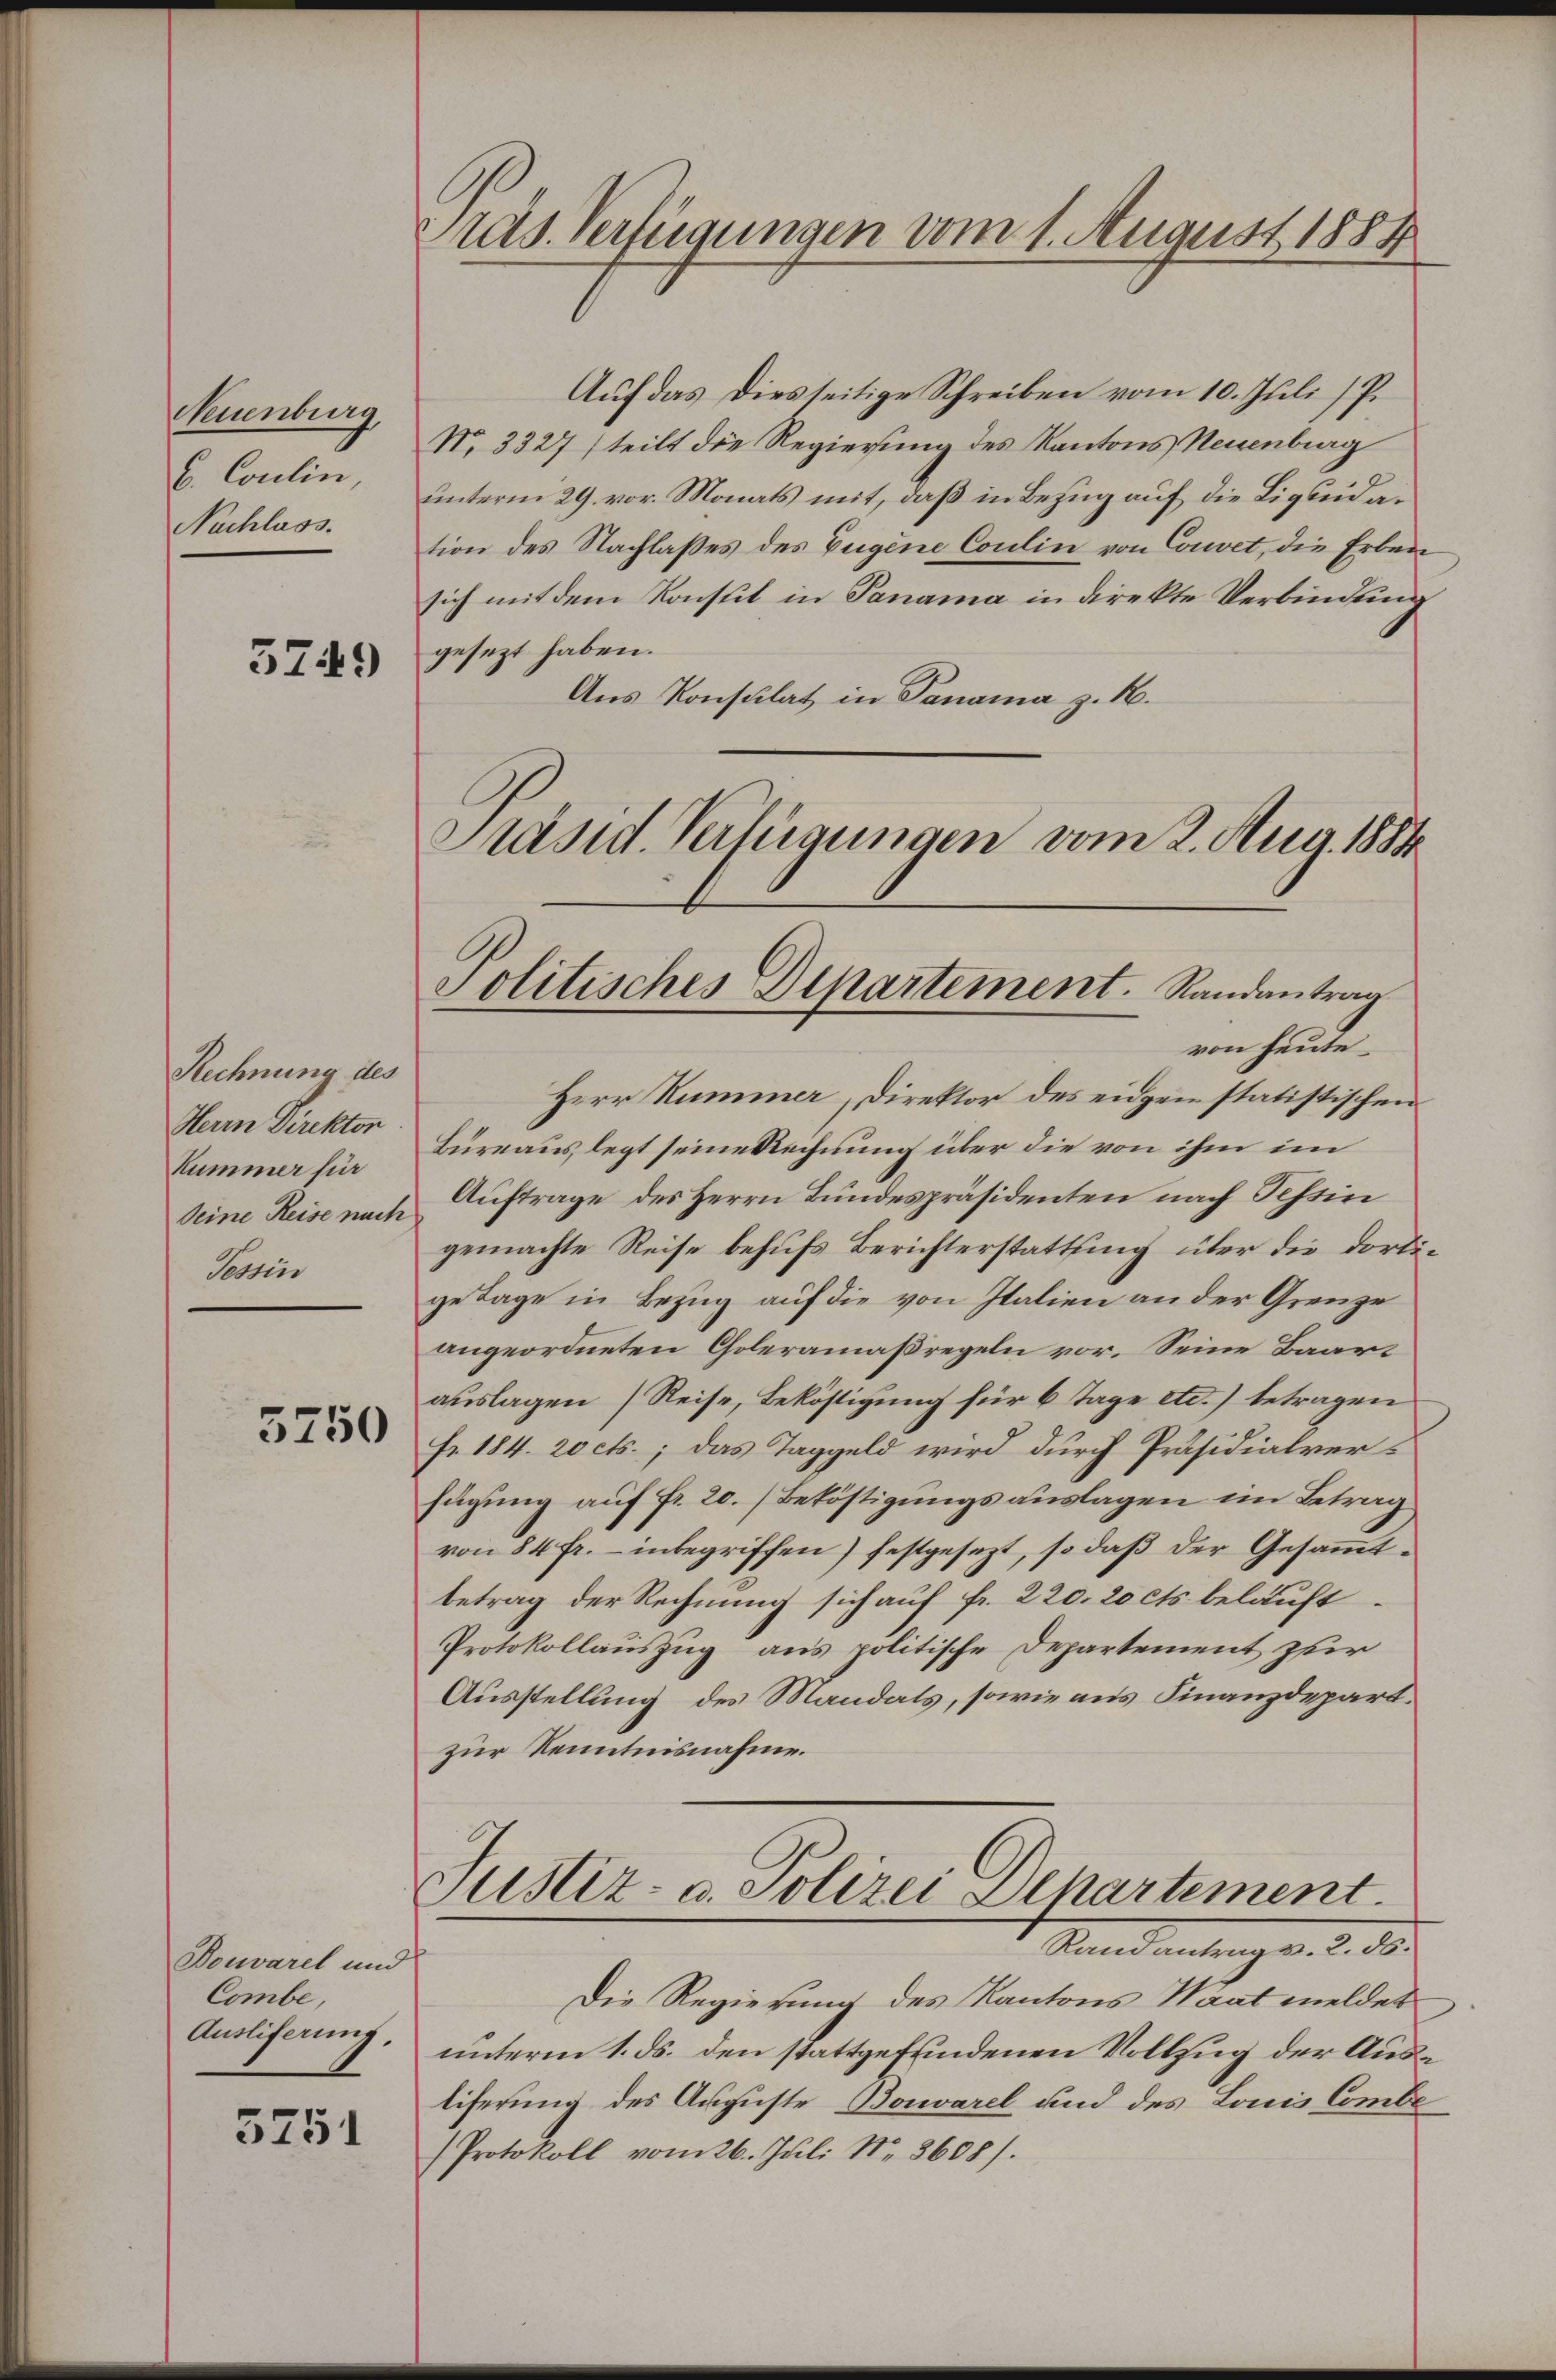
Neuenburg,
b. Coulin,
Nachlass.

3749

Rechnung des
Herrn Direktor
Kummer für
Deine Reise nach
Tessin

5750

Douvarel und
Combe,
Ausliferung.

5751

Pras. Verfügungen vom 1. August 1884

Auf das Diesseitige Schreiben vom 10. Juli [P.
No. 3327 (teilt die Regierung des Kantons Neuenburg
unterm 29. vor. Monats mit, daß in Bezug auf die Liquidation des Nachlasses des Eugene Coulin von Convet, die Erben
sich mit dem Konstit in Panama in direkte Verbindung
gesezt haben.
Aus Konsulat in Panama z. H.
Präsid. Verfügungen vom 2. Aug. 1884

Politisches Departement. Randantrag

von heute.
Herr Summer, Direktor des eidgen statistischen
Bureaus legt seine Rechnung über die von ihm im
Auftrage des Herrn Bundespräsidenten nach Schein
gemachte Reise behufs Berichterstattung über die dortige Tage in Bezug auf die von Italien an der Grenze
angeordneten Choleramaßregeln vor. Seine Baarauslagen Reise, Beköstigung für 6 Tage etc.) betragen
fr. 184. 20 cts.; das Taggeld wird durch Präsidialverfügung auf Fr. 20. (Beköstigungsauslagen im Betrag
von 84 fr. - inbegriffen) festgesezt, so daß der Gesammtbetrag der Rechnung sich auf fr. 220. 20 cts. belauft
Protokollauszug aus politische Departement zur
Ausstellung des Mandats, sowie aus Finanzdepart.
zur Kenntnisnahme.
Justiz- u. Polizei Departement
Randantrag v. 2. ds.
Die Regierung des Kantons Waat meldet
unterm 1. ds. den stattgefundenen Vollzug der Ausliferung des Auguste Bonvarel und des Louis Combe
Protokoll vom 26. Juli N. 3608/.